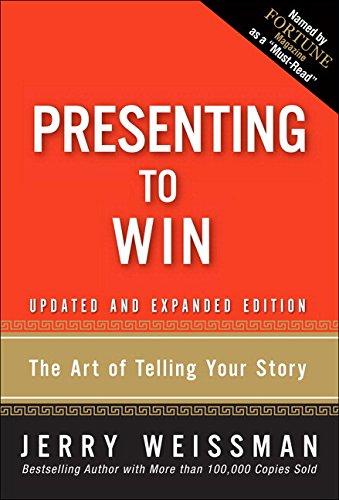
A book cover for Presenting to Win: The Art of Telling Your Story, Updated and Expanded Edition (paperback); Jerry Weissman; Business & Money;